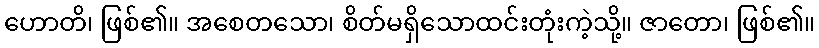
ဟောတိ၊ ဖြစ်၏။ အစေတသော၊ စိတ်မရှိသောထင်းတုံးကဲ့သို့။ ဇာတော၊ ဖြစ်၏။